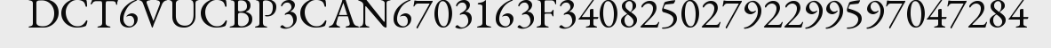
DCT6VUCBP3CAN6703163F34082502792299597047284